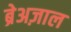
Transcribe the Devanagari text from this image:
ब्रेअज़ाल